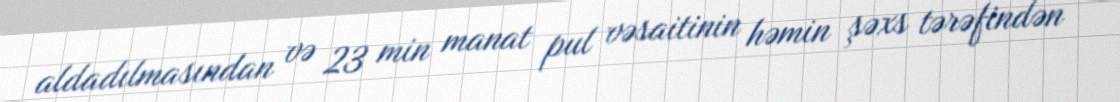
aldadılmasından və 23 min manat pul vəsaitinin həmin şəxs tərəfindən